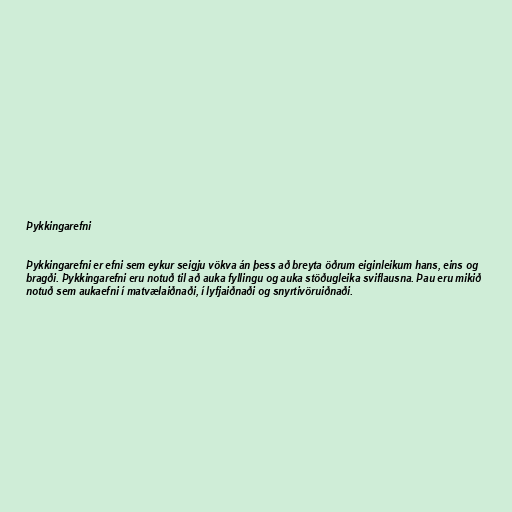
Þykkingarefni

Þykkingarefni er efni sem eykur seigju vökva án þess að breyta öðrum eiginleikum hans, eins og
bragði. Þykkingarefni eru notuð til að auka fyllingu og auka stöðugleika sviflausna. Þau eru mikið
notuð sem aukaefni í matvælaiðnaði, í lyfjaiðnaði og snyrtivöruiðnaði.